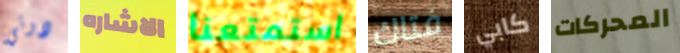
دوتي الاشاره استمتعنا فتاك كابي المحركات